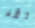
الآن